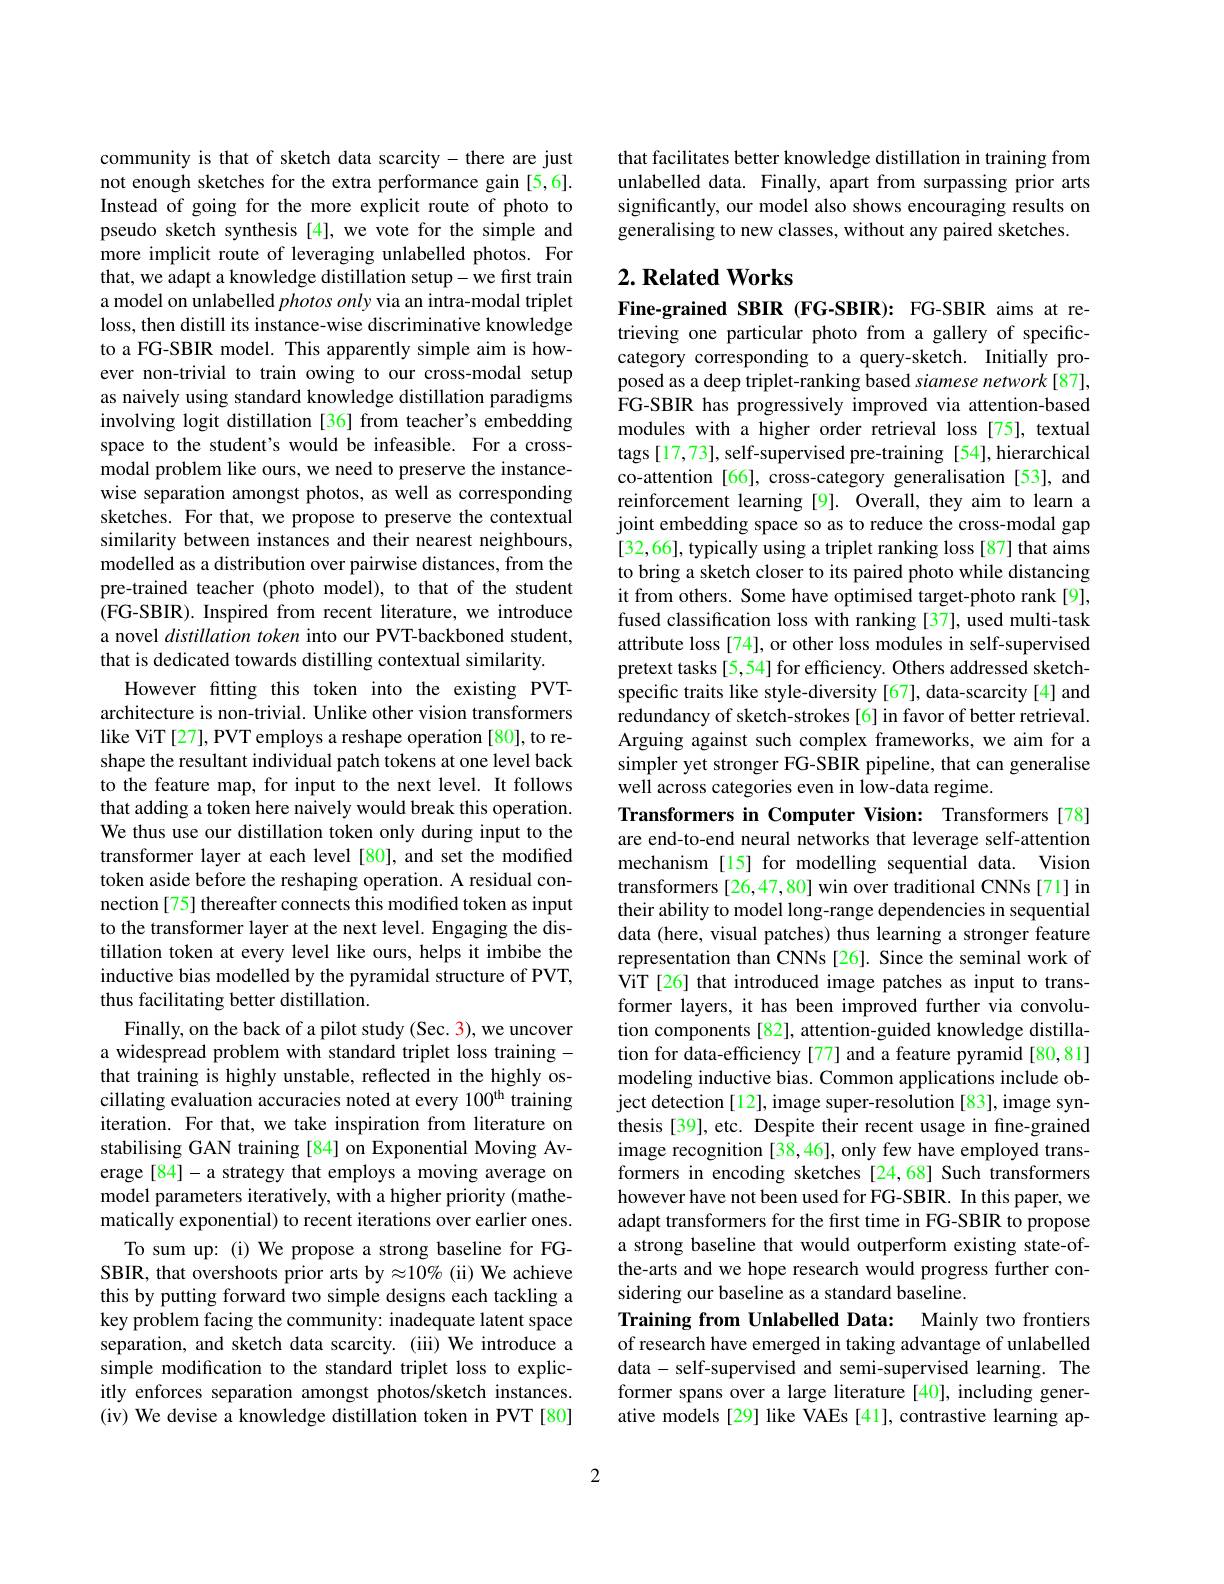
community is that of sketch data scarcity-there are just not enough sketches for the extra performance gain [5,6]. Instead of going for the more explicit route of photo to pseudo sketch synthesis [4], we vote for the simple and more implicit route of leveraging unlabelled photos. For that, we adapt a knowledge distillation setup- we first train a model on unlabelled $photos\textit{only via an intra- modal triplet}$ loss, then distill its instance-wise discriminative knowledge to a FG-SBIR model. This apparently simple aim is however non-trivial to train owing to our cross-modal setup as naively using standard knowledge distillation paradigms involving logit distillation [36] from teacher's embedding space to the student's would be infeasible. For a crossmodal problem like ours, we need to preserve the instancewise separation amongst photos, as well as corresponding sketches. For that, we propose to preserve the contextual similarity between instances and their nearest neighbours, modelled as a distribution over pairwise distances, from the pre-trained teacher (photo model), to that of the student (FG-SBIR). Inspired from recent literature, we introduce a novel distillation token into our PVT-backboned student, that is dedicated towards distilling contextual similarity.
However fitting this token into the existing PVTarchitecture is non-trivial. Unlike other vision transformers like ViT[27], PVT employs a reshape operation [80], to reshape the resultant individual patch tokens at one level back to the feature map, for input to the next level. It follows that adding a token here naively would break this operation. We thus use our distillation token only during input to the transformer layer at each level [80], and set the modified token aside before the reshaping operation. A residual connection [75] thereafter connects this modified token as input to the transformer layer at the next level. Engaging the distillation token at every level like ours, helps it imbibe the inductive bias modelled by the pyramidal structure of PVT, thus facilitating better distillation.
Finally, on the back of a pilot study (Sec. 3), we uncover a widespread problem with standard triplet loss training - that training is highly unstable, reflected in the highly oscillating evaluation accuracies noted at every 100$^\mathrm{th}$ training iteration. For that, we take inspiration from literature on stabilising GAN training [84] on Exponential Moving Average [84]-a strategy that employs a moving average on model parameters iteratively, with a higher priority (mathematically exponential) to recent iterations over earlier ones.
To sum up: (i) We propose a strong baseline for FGSBIR, that overshoots prior arts by$\approx10\%$ (ii) We achieve this by putting forward two simple designs each tackling a key problem facing the community: inadequate latent space separation, and sketch data scarcity. (iii) We introduce a simple modification to the standard triplet loss to explicitly enforces separation amongst photos/sketch instances. (iv) We devise a knowledge distillation token in PVT [80]

that facilitates better knowledge distillation in training from unlabelled data. Finally, apart from surpassing prior arts significantly, our model also shows encouraging results on generalising to new classes, without any paired sketches.

## $2. \textbf{Related Works}$

Fine-grained SBIR (FG-SBIR): FG-SBIR aims at retrieving one particular photo from a gallery of specificcategory corresponding to a query-sketch. Initially proposed as a deep triplet-ranking based siamese network[87], FG-SBIR has progressively improved via attention-based modules with a higher order retrieval loss [75], textual tags [17,73], self-supervised pre-training [54], hierarchical co-attention [66], cross-category generalisation [53], and reinforcement learning [9]. Overall, they aim to learn a joint embedding space so as to reduce the cross-modal gap [32,66], typically using a triplet ranking loss [87] that aims to bring a sketch closer to its paired photo while distancing it from others. Some have optimised target-photo rank[9], fused classification loss with ranking [37], used multi-task attribute loss [74], or other loss modules in self-supervised pretext tasks[5,54] for efficiency. Others addressed sketchspecific traits like style-diversity [67], data-scarcity [4] and redundancy of sketch-strokes[6] in favor of better retrieval. Arguing against such complex frameworks, we aim for a simpler yet stronger FG-SBIR pipeline, that can generalise well across categories even in low-data regime.
Transformers in Computer Vision: Transformers [78]

are end-to-end neural networks that leverage self-attention mechanism [15] for modelling sequential data. Vision transformers [26,47,80] win over traditional CNNs [71] in their ability to model long-range dependencies in sequential data (here, visual patches) thus learning a stronger feature representation than CNNs [26]. Since the seminal work of ViT [26] that introduced image patches as input to transformer layers, it has been improved further via convolution components [82], attention-guided knowledge distillation for data-efficiency [77] and a feature pyramid [80,81] modeling inductive bias. Common applications include object detection[12], image super-resolution [83], image synthesis [39], etc. Despite their recent usage in fine-grained image recognition [38,46], only few have employed transformers in encoding sketches [24,68] Such transformers however have not been used for FG-SBIR. In this paper, we adapt transformers for the first time in FG-SBIR to propose a strong baseline that would outperform existing state-ofthe-arts and we hope research would progress further considering our baseline as a standard baseline.
Training from Unlabelled Data: Mainly two frontiers of research have emerged in taking advantage of unlabelled data - self-supervised and semi-supervised learning. The former spans over a large literature [40], including generative models [29] like VAEs [41], contrastive learning ap-

2